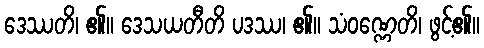
ဒေဿတိ၊ ၏။ ဒေသယတီတိ ပဒဿ၊ ၏။ သံဝဏ္ဏေတိ၊ ဖွင့်၏။